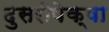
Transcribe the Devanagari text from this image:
दुसरीपेक्षा